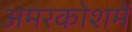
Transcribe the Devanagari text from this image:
अमरकोशमें